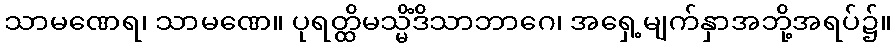
သာမဏေရ၊ သာမဏေ။ ပုရတ္ထိမသ္မိံဒိသာဘာဂေ၊ အရှေ့မျက်နှာအဘို့အရပ်၌။